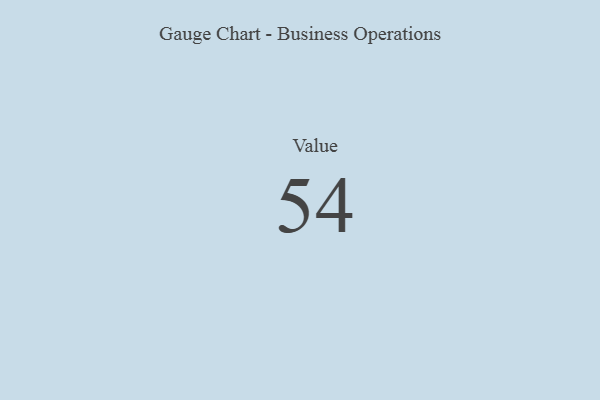
{"axis": {"x": "Metric", "y": "Value"}, "legend": [""], "data": [{"x": "Value", "y": 54, "type": ""}]}